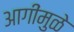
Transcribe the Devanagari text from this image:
आगींमुळे